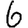
Digit: 6